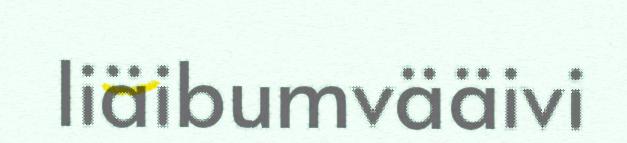
liäibumvääivi